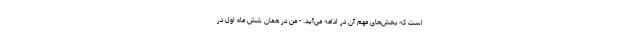
است که بخش‌های مهم آن در ادامه می‌آید. - من در همان شش ماه اول در